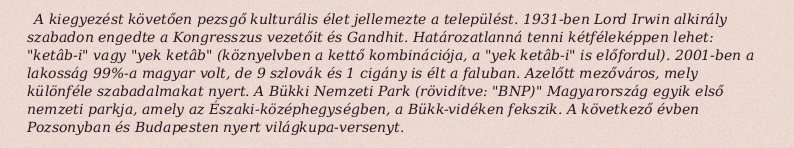
A kiegyezést követően pezsgő kulturális élet jellemezte a települést. 1931-ben Lord Irwin alkirály szabadon engedte a Kongresszus vezetőit és Gandhit. Határozatlanná tenni kétféleképpen lehet: "ketâb-i" vagy "yek ketâb" (köznyelvben a kettő kombinációja, a "yek ketâb-i" is előfordul). 2001-ben a lakosság 99%-a magyar volt, de 9 szlovák és 1 cigány is élt a faluban. Azelőtt mezőváros, mely különféle szabadalmakat nyert. A Bükki Nemzeti Park (rövidítve: "BNP)" Magyarország egyik első nemzeti parkja, amely az Északi-középhegységben, a Bükk-vidéken fekszik. A következő évben Pozsonyban és Budapesten nyert világkupa-versenyt.